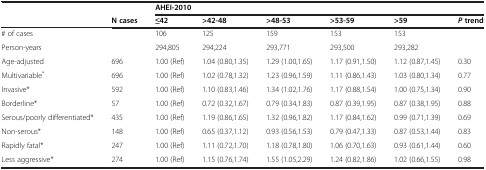
<table><thead><tr><td></td><td></td><td colspan="6"><b>AHEI-2010</b></td></tr><tr><td></td><td><b>N cases</b></td><td><b>≤42</b></td><td><b>&gt;42-48</b></td><td><b>&gt;48-53</b></td><td><b>&gt;53-59</b></td><td><b>&gt;59</b></td><td><b><i>P</i>trend</b></td></tr></thead><tbody><tr><td># of cases</td><td></td><td>106</td><td>125</td><td>159</td><td>153</td><td>153</td><td></td></tr><tr><td>Person-years</td><td></td><td>294,805</td><td>294,224</td><td>293,771</td><td>293,500</td><td>293,282</td><td></td></tr><tr><td>Age-adjusted</td><td>696</td><td>1.00 (Ref)</td><td>1.04 (0.80,1.35)</td><td>1.29 (1.00,1.65)</td><td>1.17 (0.91,1.50)</td><td>1.12 (0.87,1.45)</td><td>0.30</td></tr><tr><td>Multivariable<sup>*</sup></td><td>696</td><td>1.00 (Ref)</td><td>1.02 (0.78,1.32)</td><td>1.23 (0.96,1.59)</td><td>1.11 (0.86,1.43)</td><td>1.03 (0.80,1.34)</td><td>0.77</td></tr><tr><td>Invasive*</td><td>592</td><td>1.00 (Ref)</td><td>1.10 (0.83,1.46)</td><td>1.34 (1.02,1.76)</td><td>1.17 (0.88,1.54)</td><td>1.00 (0.75,1.34)</td><td>0.90</td></tr><tr><td>Borderline*</td><td>57</td><td>1.00 (Ref)</td><td>0.72 (0.32,1.67)</td><td>0.79 (0.34,1.83)</td><td>0.87 (0.39,1.95)</td><td>0.87 (0.38,1.95)</td><td>0.88</td></tr><tr><td>Serous/poorly differentiated*</td><td>435</td><td>1.00 (Ref)</td><td>1.19 (0.86,1.65)</td><td>1.32 (0.96,1.82)</td><td>1.17 (0.84,1.62)</td><td>0.99 (0.71,1.39)</td><td>0.69</td></tr><tr><td>Non-serous*</td><td>148</td><td>1.00 (Ref)</td><td>0.65 (0.37,1.12)</td><td>0.93 (0.56,1.53)</td><td>0.79 (0.47,1.33)</td><td>0.87 (0.53,1.44)</td><td>0.83</td></tr><tr><td>Rapidly fatal*</td><td>247</td><td>1.00 (Ref)</td><td>1.11 (0.72,1.70)</td><td>1.18 (0.78,1.80)</td><td>1.06 (0.70,1.63)</td><td>0.93 (0.61,1.44)</td><td>0.60</td></tr><tr><td>Less aggressive*</td><td>274</td><td>1.00 (Ref)</td><td>1.15 (0.76,1.74)</td><td>1.55 (1.05,2.29)</td><td>1.24 (0.82,1.86)</td><td>1.02 (0.66,1.55)</td><td>0.98</td></tr></tbody></table>